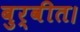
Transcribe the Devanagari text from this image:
बुर्वीत।